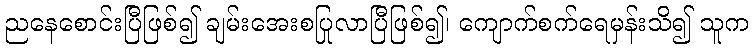
ညနေစောင်းပြီဖြစ်၍ ချမ်းအေးစပြုလာပြီဖြစ်၍၊ ကျောက်စက်ရေမှန်းသိ၍ သူက